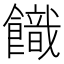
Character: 𩞡